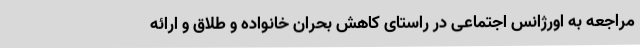
مراجعه به اورژانس اجتماعی در راستای کاهش بحران خانواده و طلاق و ارائه